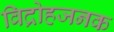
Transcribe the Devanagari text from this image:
विद्रोहजनक